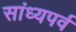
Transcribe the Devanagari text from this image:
सांध्यपर्व